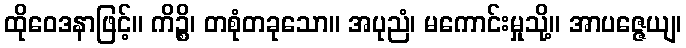
ထိုဝေဒနာဖြင့်။ ကိဉ္စိ၊ တစုံတခုသော။ အပုညံ၊ မကောင်းမှုသို့။ အာပဇ္ဇေယျ၊